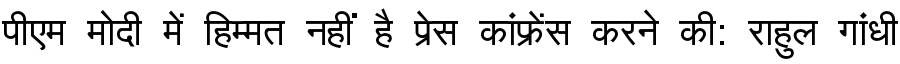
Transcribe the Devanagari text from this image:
पीएम मोदी में हिम्मत नहीं है प्रेस कांफ्रेंस करने की: राहुल गांधी